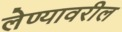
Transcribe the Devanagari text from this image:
लेण्यावरील